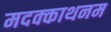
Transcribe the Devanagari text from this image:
मदक्काथनम